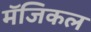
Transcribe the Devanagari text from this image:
मॅजिकल